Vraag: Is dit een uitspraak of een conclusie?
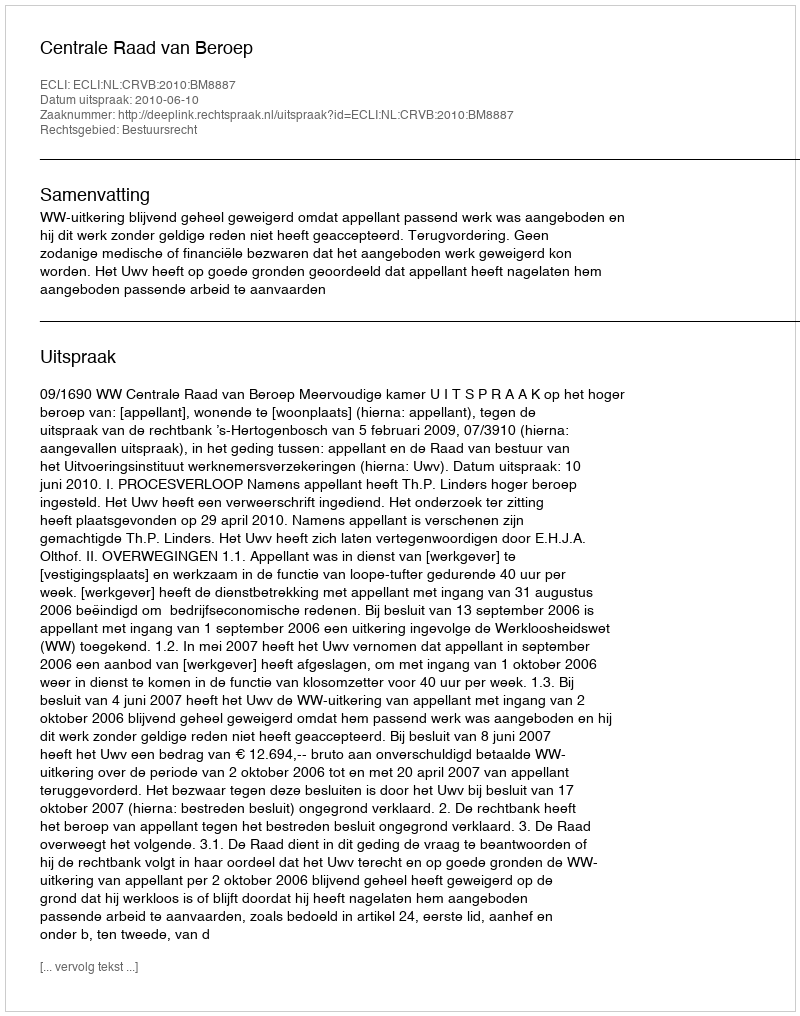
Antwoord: Uitspraak